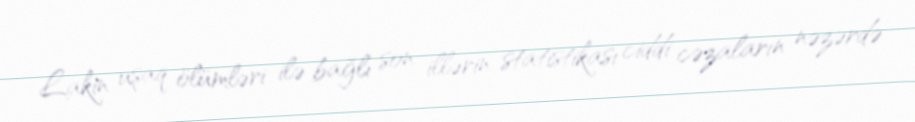
Lakin uşaq ölümləri ilə bağlı son illərin statistikası ciddi cəzaların nəzərdə